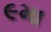
૯મા